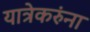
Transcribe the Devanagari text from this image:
यात्रेकरुंना